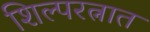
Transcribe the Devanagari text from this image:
शिल्परत्नात